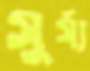
সুর্য্য